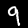
Label: 9